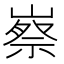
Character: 𡻰